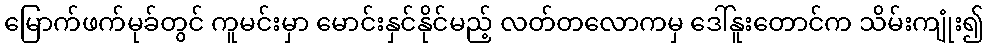
မြောက်ဖက်မုခ်တွင် ကူမင်းမှာ မောင်းနှင်နိုင်မည့် လတ်တလောကမှ ဒေါ်နူးတောင်က သိမ်းကျုံး၍